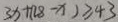
3 x + ( 2 8 - x ) \geqslant 4 3